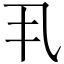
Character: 丮